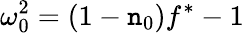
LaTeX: \omega_{0}^{2}=(1-\mathtt{n}_{0})f^{\ast}-1